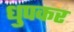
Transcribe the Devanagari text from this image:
धुपकर